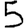
Digit: 5